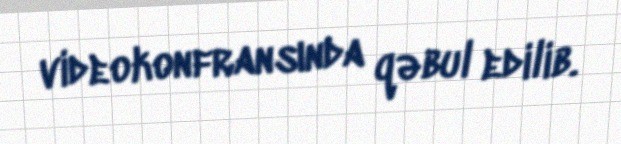
videokonfransında qəbul edilib.